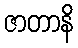
ဇာတာနိ